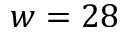
w = 2 8